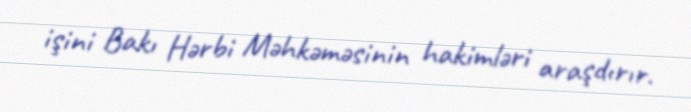
işini Bakı Hərbi Məhkəməsinin hakimləri araşdırır.